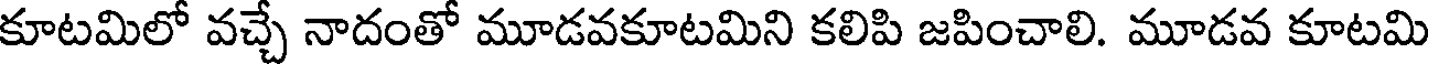
కూటమిలో వచ్చే నాదంతో మూడవకూటమిని కలిపి జపించాలి. మూడవ కూటమి